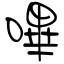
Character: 嗶